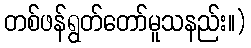
တစ်ဖန်ရွတ်တော်မူသနည်း။)